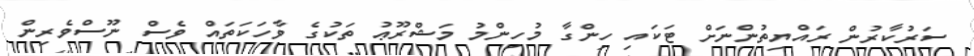
ސަރުކާރުން ރައްޔިތުންނަށް ޓަކައި ހިންގާ މުހިންމު މަޝްރޫޢު ތަކުގެ ވާހަކަތައް ވެސް ނޫސްވެރިން